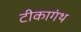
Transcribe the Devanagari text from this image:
टीकागंथ